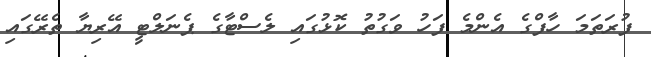
ފުރަތަމަ ހާފްގެ އެންމެ ފަހު ވަގުތު ކޮޅުގައި ލެސްޓާގެ ޕެނަލްޓީ އޭރިޔާ ތެރޭގައި